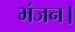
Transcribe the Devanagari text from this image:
भंजन।